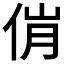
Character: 𬾎